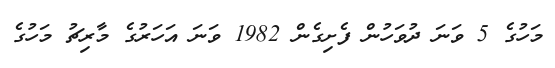
މަހުގެ 5 ވަނަ ދުވަހުން ފެށިގެން 1982 ވަނަ އަހަރުގެ މާރިޗު މަހުގެ